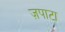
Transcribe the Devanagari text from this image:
ज़पाटा